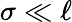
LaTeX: \sigma\ll\ell